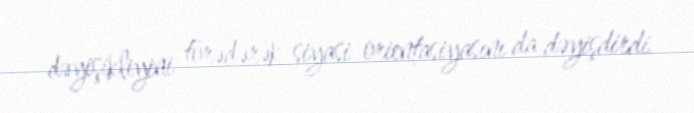
dəyişikliyini törədərək siyasi orientasiyasını da dəyişdirdi.